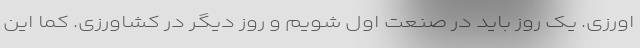
اورزی. یک روز باید در صنعت اول شویم و روز دیگر در کشاورزی. کما این